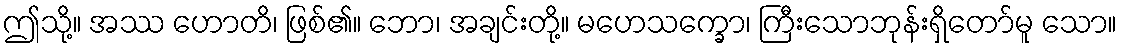
ဤသို့။ အဿ ဟောတိ၊ ဖြစ်၏။ ဘော၊ အချင်းတို့။ မဟေသက္ခော၊ ကြီးသောဘုန်းရှိတော်မူ သော။